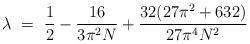
LaTeX: \begin{align*}\lambda ~=~ \frac{1}{2} - \frac{16}{3\pi^2N}+ \frac{32(27\pi^2+632)}{27\pi^4N^2}\end{align*}